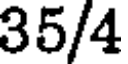
35/4